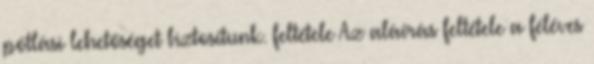
pótlási lehetőséget biztosítunk. feltétele Az aláírás feltétele a féléves